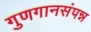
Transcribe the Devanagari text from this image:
गुणगानसंपन्न